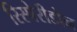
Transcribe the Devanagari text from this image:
रिस्पेरीडोन